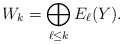
\begin{align*}W_k = \bigoplus_{\ell \leq k} E_{\ell}(Y). \end{align*}